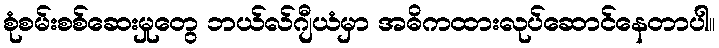
စုံစမ်းစစ်ဆေးမှုတွေ ဘယ်လ်ဂျီယံမှာ အဓိကထားလုပ်ဆောင်နေတာပါ။